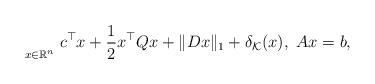
LaTeX: \begin{align*} \underset{x \in \mathbb{R}^n}{} \ c^\top x + \frac{1}{2} x^\top Q x + \|Dx\|_1 + \delta_{\mathcal{K}}(x), \ Ax = b,\end{align*}